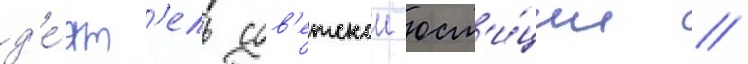
д'е́ят'ель сов'етскои юст'и́ции /